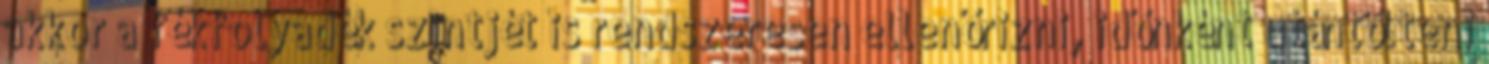
akkor a fékfolyadék szintjét is rendszeresen ellenőrizni, időnként utántölteni